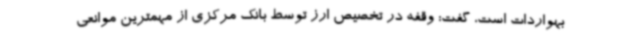
بهواردات است، گفت: وقفه در تخصیص ارز توسط بانک مرکزی از مهمترین موانعی